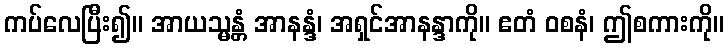
ကပ်လေပြီး၍။ အာယသ္မန္တံ အာနန္ဒံ၊ အရှင်အာနန္ဒာကို။ ဧတံ ဝစနံ၊ ဤစကားကို။